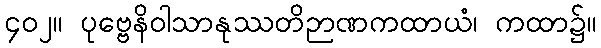
၄၀၂။ ပုဗ္ဗေနိဝါသာနုဿတိဉာဏကထာယံ၊ ကထာ၌။